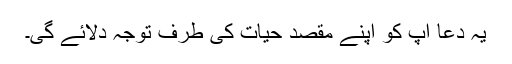
یہ دعا آپ کو اپنے مقصدِ حیات کی طرف توجہ دلائے گی۔